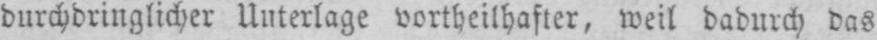
durchdringlicher Unterlage vortheilhafter, weil dadurch das